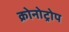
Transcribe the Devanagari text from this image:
क्रोनोट्रोप